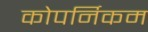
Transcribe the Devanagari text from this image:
कोपर्निकम